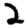
Digit: 2